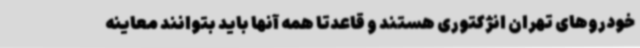
خودروهای تهران انژکتوری هستند و قاعدتاً همه آنها باید بتوانند معاینه